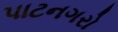
પાટનગરો